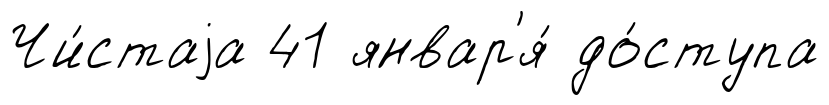
Чи́стаjа 41 январ'я́ до́ступа